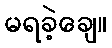
မရခဲ့ချေ။